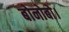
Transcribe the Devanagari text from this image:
बोनोबो।